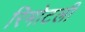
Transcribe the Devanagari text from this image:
रिमोटली